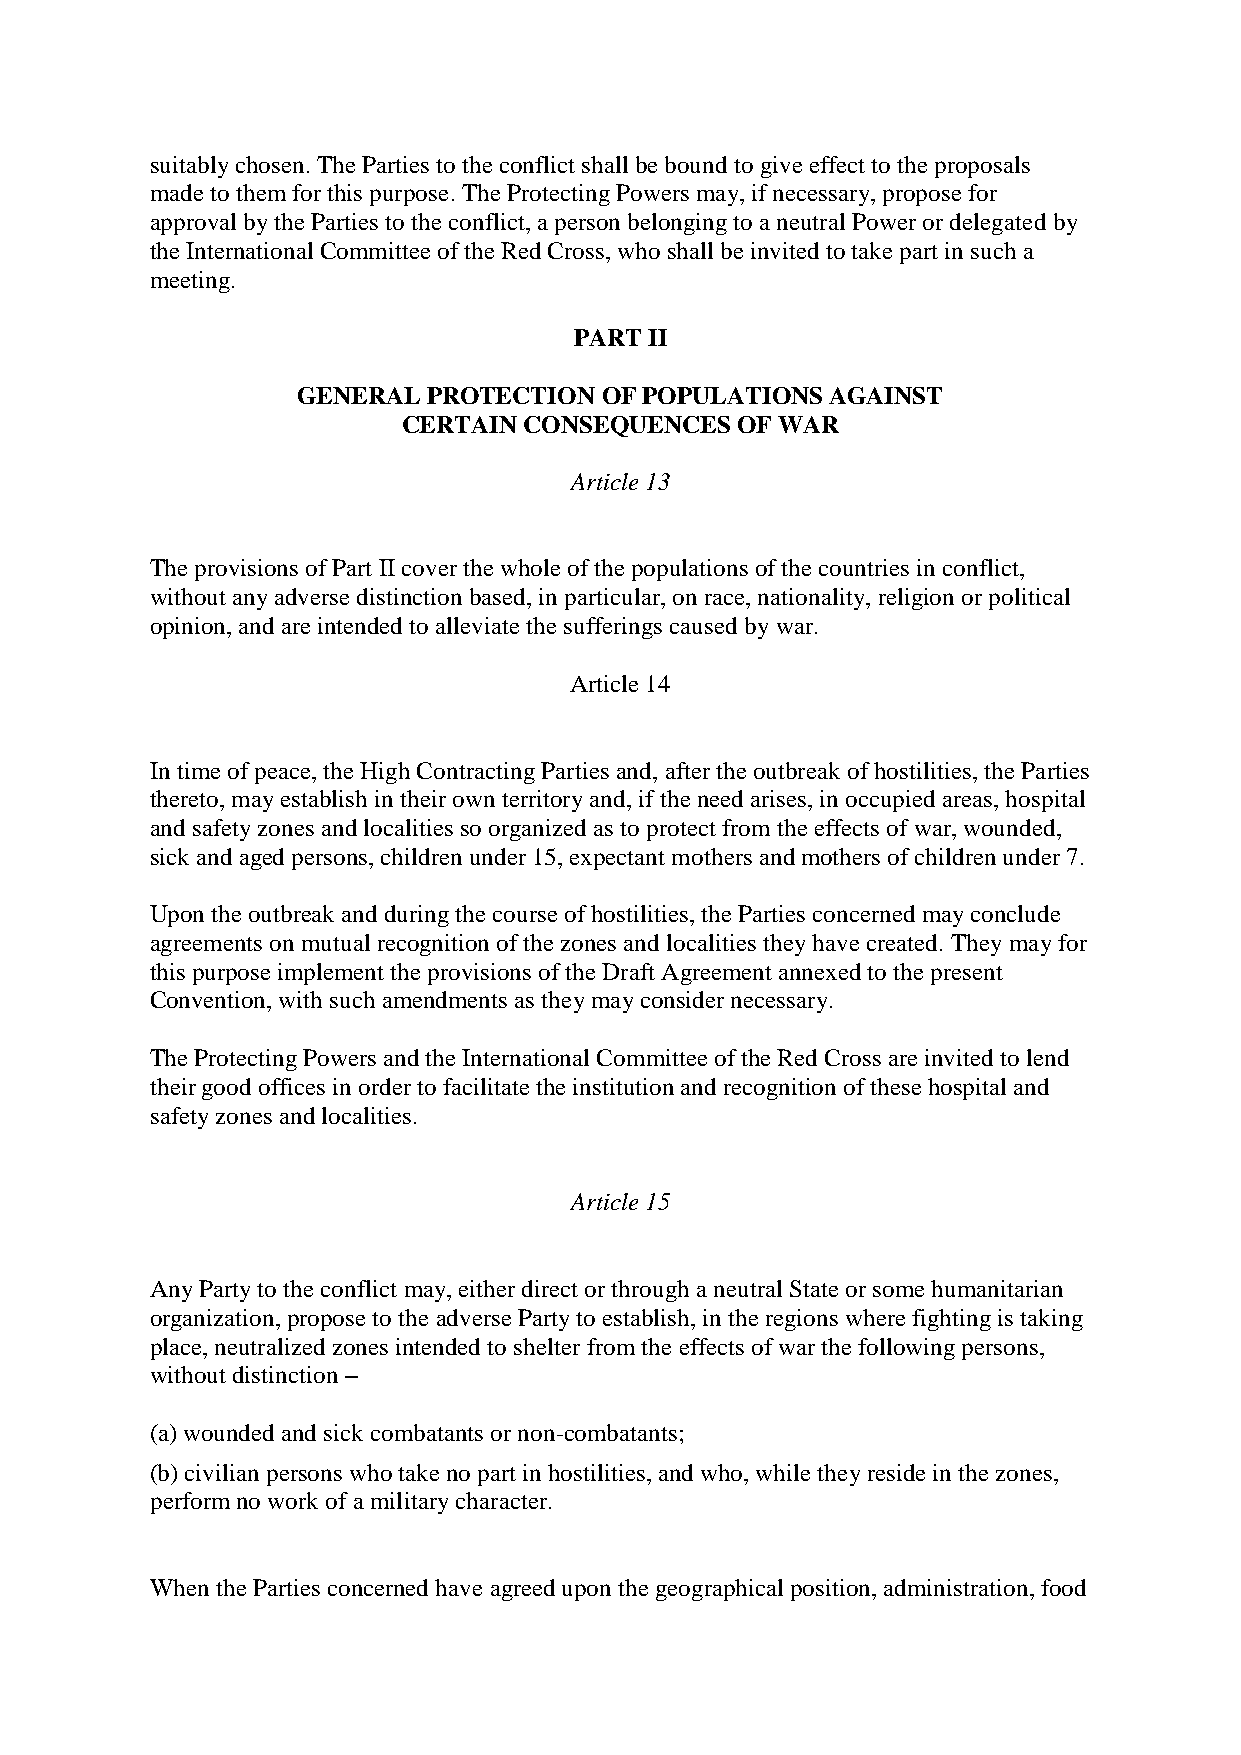
suitably chosen. The Parties to the conflict shall be bound to give effect to the proposals
 made to them for this purpose. The Protecting Powers may, if necessary, propose for
 approval by the Parties to the conflict, a person belonging to a neutral Power or delegated by
 the International Committee of the Red Cross, who shall be invited to take part in such a
 meeting.
 PART II
 GENERAL PROTECTION  OF POPULATIONS AGAINST
 CERTAIN CONSEQUENCES  OF WAR
 Article 13
 The provisions of Part II cover the whole of the populations of the countries in conflict,
 without any adverse distinction based, in particular, on race, nationality, religion or political
 opinion, and are intended to alleviate the sufferings caused by war.
 Article 14
 In time of peace, the High Contracting Parties and, after the outbreak of hostilities, the Parties
 thereto, may establish in their own territory and, if the need arises, in occupied areas, hospital
 and safety zones and localities so organized as to protect from the effects of war, wounded,
 sick and aged persons, children under 15, expectant mothers and mothers of children under 7.
 Upon the outbreak and during the course of hostilities, the Parties concerned may conclude
 agreements on mutual recognition of the zones and localities they have created. They may for
 this purpose implement the provisions of the Draft Agreement annexed to the present
 Convention, with such amendments as they may consider necessary.
 The Protecting Powers and the International Committee of the Red Cross are invited to lend
 their good offices in order to facilitate the institution and recognition of these hospital and
 safety zones and localities.
 Article 15
 Any Party to the conflict may, either direct or through a neutral State or some humanitarian
 organization, propose to the adverse Party to establish, in the regions where fighting is taking
 place, neutralized zones intended to shelter from the effects of war the following persons,
 without distinction –
 (a) wounded and sick combatants or non-combatants;
 (b) civilian persons who take no part in hostilities, and who, while they reside in the zones,
 perform no work of a military character.
 When the Parties concerned have agreed upon the geographical position, administration, food